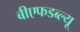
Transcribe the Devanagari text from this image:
बीएफडब्ल्यू